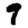
Digit: 9